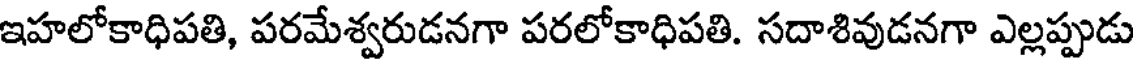
ఇహలోకాధిపతి, పరమేశ్వరుడనగా పరలోకాధిపతి. సదాశివుడనగా ఎల్లప్పుడు